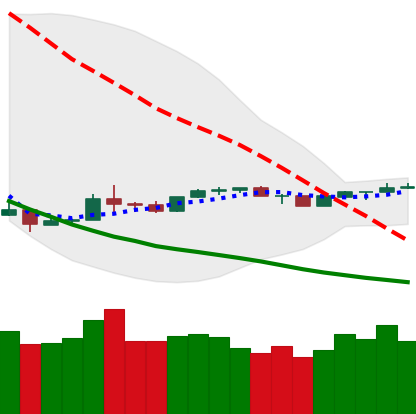
Ticker: NEO-USD
Chart end date: 2020-04-03
Forward return: 13.445%
Label: up_7plus